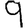
Digit: 9